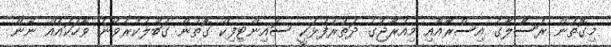
މިގޮތުން ރަސޫލާގެ އިސްރާއާއި މިއުރާޖުގެ ދަތުރުފުޅަކީ ސައިންޓިފިކް ގޮތުން ގަބޫލުކުރެވޭނެ ވާހަކައެއް ނޫން